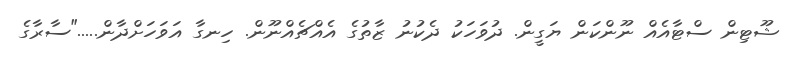
ޝޫޓިން ސްޓާއެއް ނޫންކަން ޔަގީން. ދުވަހަކު ދެކުނު ޒާތުގެ އެއްޗެއްނޫން. ހިނގާ އަވަހަށްދާން....."ސާރާގެ